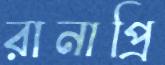
রানাপ্রি